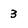
Character: 3